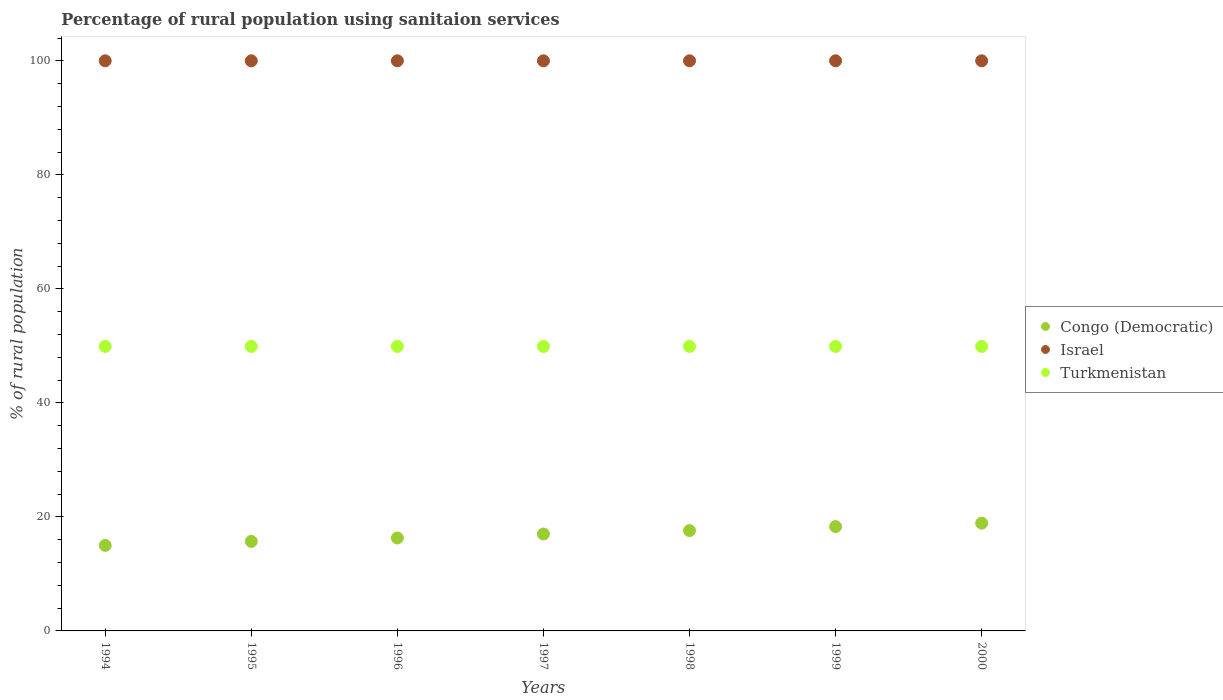
| Years | Congo (Democratic) | Israel | Turkmenistan |
 | --- | --- | --- | --- |
 | 1994 | 15 | 100 | 49.9 |
 | 1995 | 15.7 | 100 | 49.9 |
 | 1996 | 16.3 | 100 | 49.9 |
 | 1997 | 17 | 100 | 49.9 |
 | 1998 | 17.6 | 100 | 49.9 |
 | 1999 | 18.3 | 100 | 49.9 |
 | 2000 | 18.9 | 100 | 49.9 |